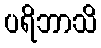
ပရိဘာသိ